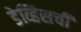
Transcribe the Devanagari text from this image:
डेव्हिसची